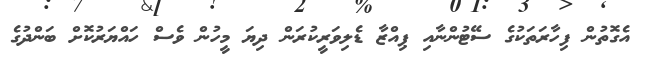
އެގޮތުން ފިހާރަތަކުގެ ސޭޓުންނާއި ޕިއްޒާ ޑެލިވަރީކުރަން ދިޔަ މީހުން ވެސް ހައްޔަރުކޮށް ބަންދުގެ